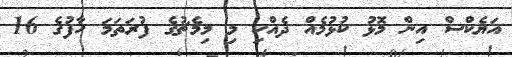
އަޔެކްސް އިން މޮޅު ކުޅުމެއް ދެއްކި މި މިމެޗުގެ ފުރަތަމަ ހާފުގެ 16